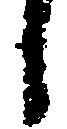
し